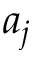
a _ { j }